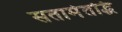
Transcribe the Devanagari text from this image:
सतामेतद्धि